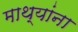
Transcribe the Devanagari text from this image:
माथ्यांना